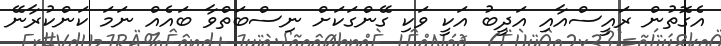
އެގޮތުން ރައީސްއާއި އަދީބު އަކީ ވަކި ގޭންގަކަށް ނިސްބަތްވާ ބައެއް ނަމަ ކަންކުރާނޭ